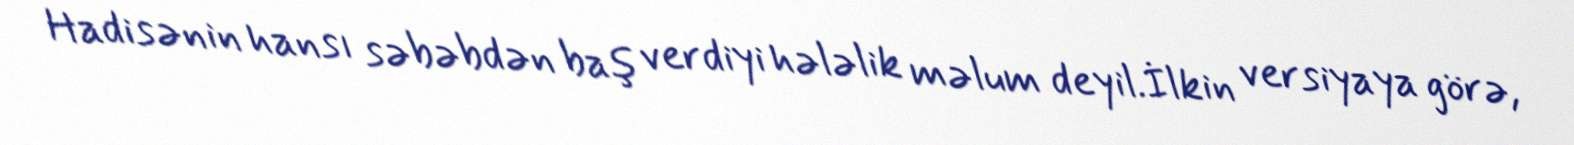
Hadisənin hansı səbəbdən baş verdiyi hələlik məlum deyil.İlkin versiyaya görə,